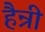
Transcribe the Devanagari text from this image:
हैन्री